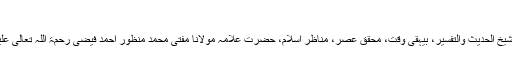
مفتی محمد منظور احمد فیضی
مقام اہل بیت قرآن سے یہاں ہم وہ آیات اور تشریح نقل کررہے ہیں جن کو شیخ الحدیث والتفسیر، بیہقی وقت، محققِ عصر، مناظر اسلام، حضرت علامہ مولانا مفتی محمد منظور احمد فیضی رحمۃ اللہ تعالیٰ علیہ نے اپنے رسالہ : القول السدید فی محاسن الشھید وذما ئم یزید میں نقل کیا۔